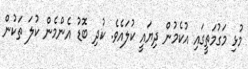
މުޅި މަގުމަތީގައި އުކެމުން ދިޔައީ ކުލައެވެ. ކުދި ބޮޑު އެންމެން ކުލަ ތަކުން